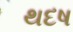
થદષ